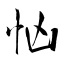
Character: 忷